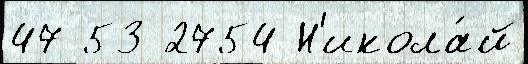
47 53 2754 Н'икола́й